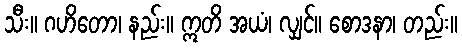
သီး။ ဂဟိတော၊ နည်း။ ဣတိ အယံ၊ လျှင်။ စောဒနာ၊ တည်း။